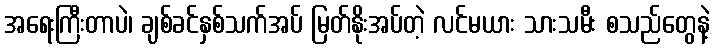
အရေးကြီးတာပဲ၊ ချစ်ခင်နှစ်သက်အပ် မြတ်နိုးအပ်တဲ့ လင်မယား သားသမီး စသည်တွေနဲ့